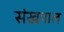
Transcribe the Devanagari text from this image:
संखपाल